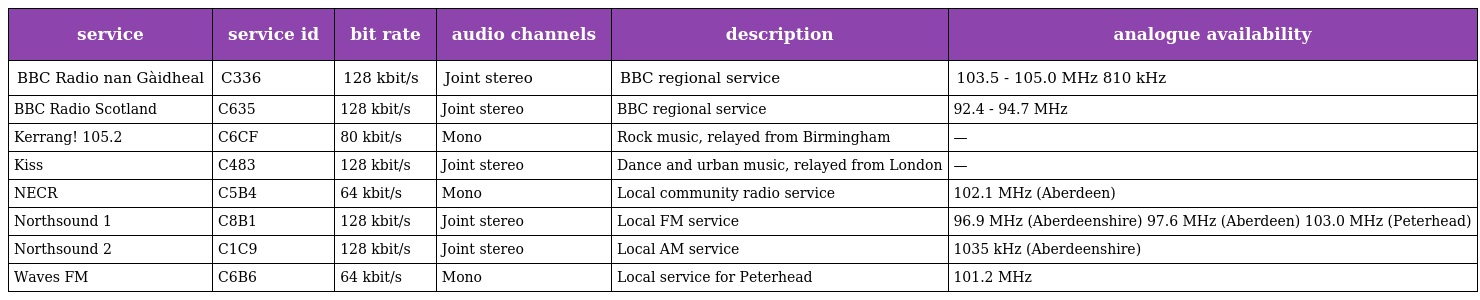
| service | service id | bit rate | audio channels | description | analogue availability |
 | --- | --- | --- | --- | --- | --- |
 | BBC Radio nan Gàidheal | C336 | 128 kbit/s | Joint stereo | BBC regional service | 103.5 - 105.0 MHz 810 kHz |
 | BBC Radio Scotland | C635 | 128 kbit/s | Joint stereo | BBC regional service | 92.4 - 94.7 MHz |
 | Kerrang! 105.2 | C6CF | 80 kbit/s | Mono | Rock music, relayed from Birmingham | — |
 | Kiss | C483 | 128 kbit/s | Joint stereo | Dance and urban music, relayed from London | — |
 | NECR | C5B4 | 64 kbit/s | Mono | Local community radio service | 102.1 MHz (Aberdeen) |
 | Northsound 1 | C8B1 | 128 kbit/s | Joint stereo | Local FM service | 96.9 MHz (Aberdeenshire) 97.6 MHz (Aberdeen) 103.0 MHz (Peterhead) |
 | Northsound 2 | C1C9 | 128 kbit/s | Joint stereo | Local AM service | 1035 kHz (Aberdeenshire) |
 | Waves FM | C6B6 | 64 kbit/s | Mono | Local service for Peterhead | 101.2 MHz |